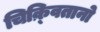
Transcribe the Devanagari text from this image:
चिक़्वितानो